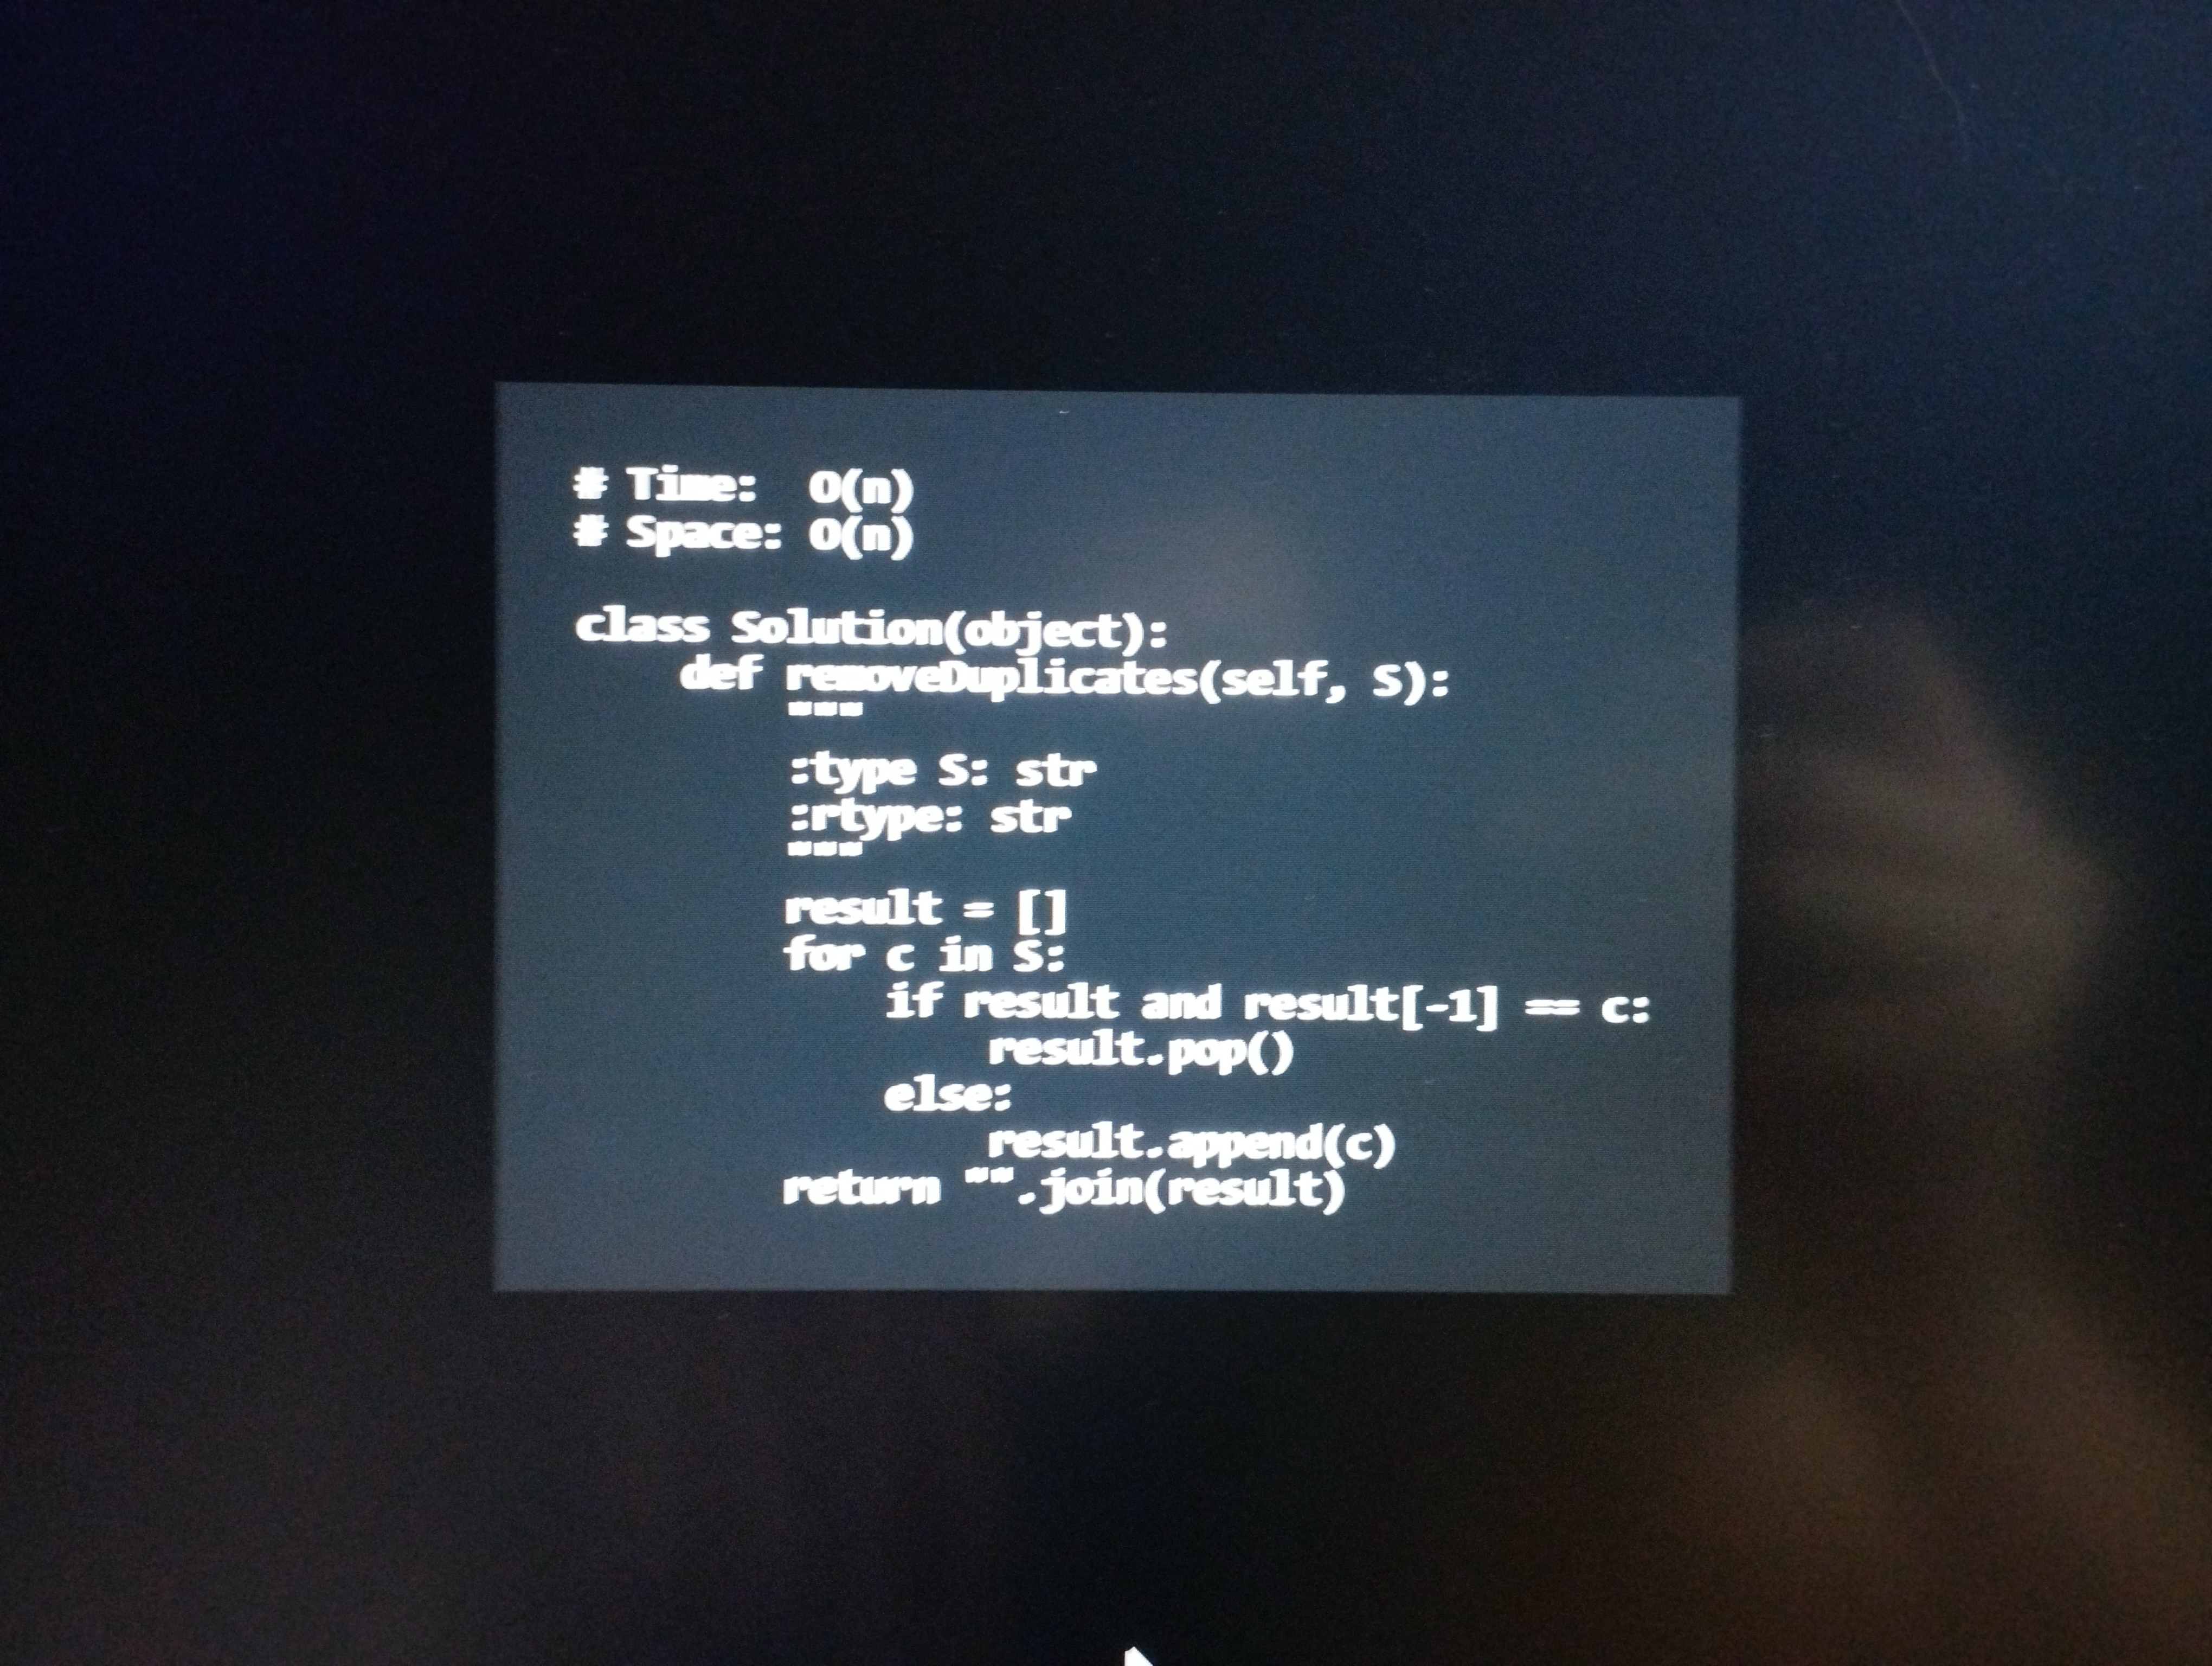
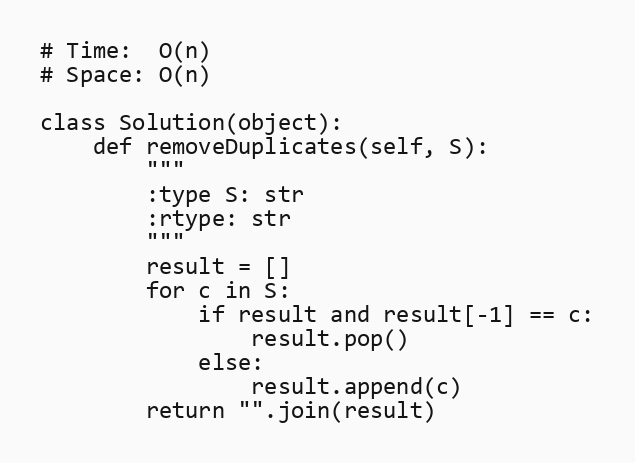
# Time:  O(n)
# Space: O(n)

class Solution(object):
    def removeDuplicates(self, S):
        """
        :type S: str
        :rtype: str
        """
        result = []
        for c in S:
            if result and result[-1] == c:
                result.pop()
            else:
                result.append(c)
        return "".join(result)